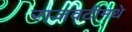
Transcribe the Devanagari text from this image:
राजवटीमधे